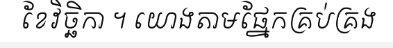
ខែវិច្ឆិកា ។ យោងតាមផ្នែកគ្រប់គ្រង